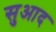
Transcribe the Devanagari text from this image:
सुआद